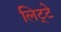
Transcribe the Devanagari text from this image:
लिट्‍टे